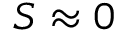
S \approx 0